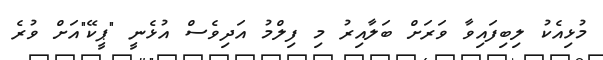
މުޅިއެކު ލިބިފައިވާ ވަރަށް ބަލާއިރު މި ފިލްމު އަދިވެސް އުޅެނީ "ޕީކޭ"އަށް ވުރެ